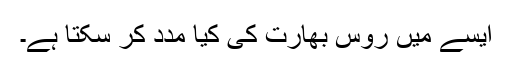
ایسے میں روس بھارت کی کیا مدد کر سکتا ہے۔